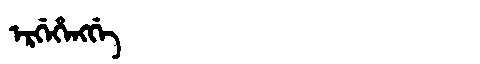
Manchu: ᡝᡵᡤᡝᡥᡝᠩᡤᡝ
Romanization: ERGEHENGGE